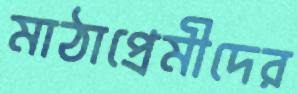
মাঠাপ্রেমীদের